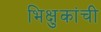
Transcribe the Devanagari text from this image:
भिक्षुकांची